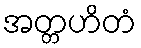
အတ္တဟိတံ